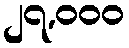
၂၇,၀၀၀